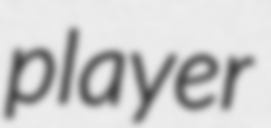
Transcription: player